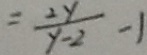
= \frac { 2 y } { y - 2 } - 1